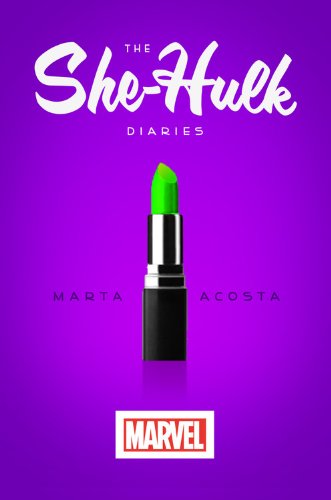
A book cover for The She-Hulk Diaries; Marta Acosta; Science Fiction & Fantasy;